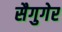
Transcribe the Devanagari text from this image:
सैगुगेर